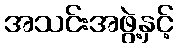
အသင်းအဖွဲ့နှင့်